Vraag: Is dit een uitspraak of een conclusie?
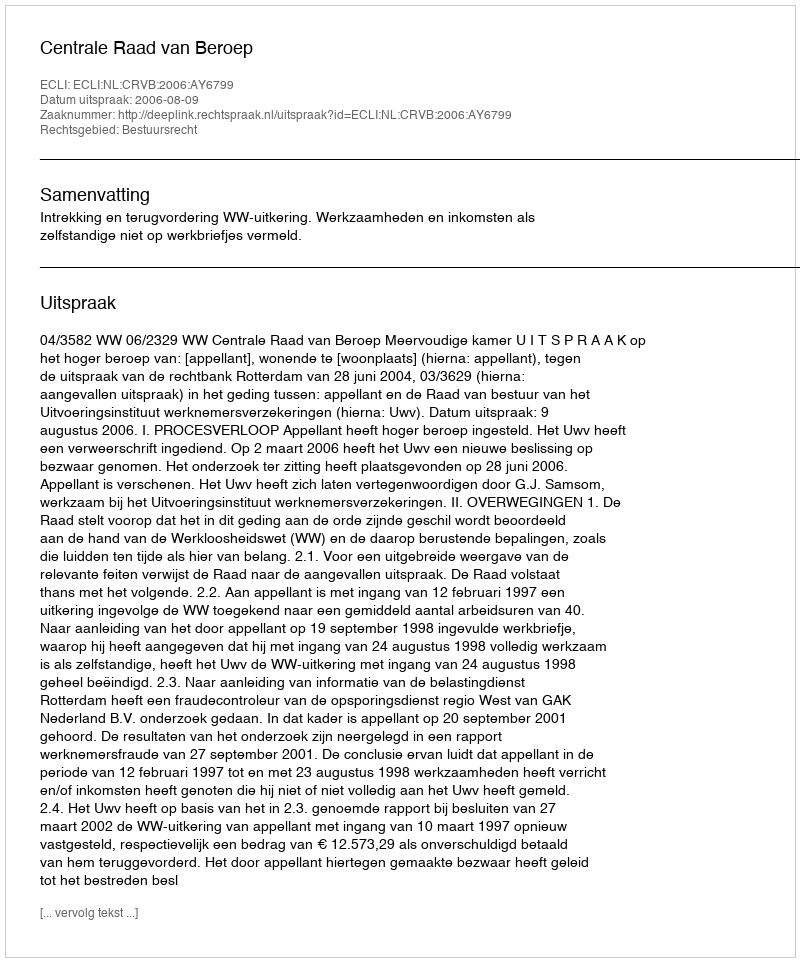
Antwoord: Uitspraak